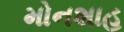
મોનશાહ